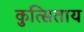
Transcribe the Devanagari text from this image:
कुत्सिताय